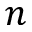
n